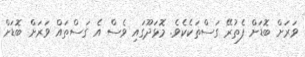
ވަރަށް ބޮޑަށް ފެތުރޭ ގަސްތަކެކެވެ. މޮޅަދޫގައި ވެސް އެ ގަސްތައް ވަރަށް ބޮޑަށް